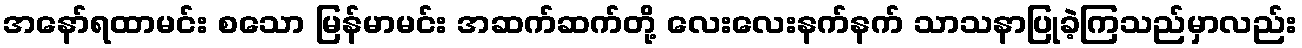
အနော်ရထာမင်း စသော မြန်မာမင်း အဆက်ဆက်တို့ လေးလေးနက်နက် သာသနာပြုခဲ့ကြသည်မှာလည်း